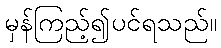
မှန်ကြည့်၍ပင်ရသည်။